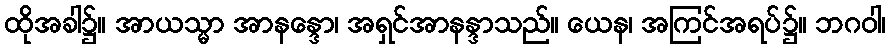
ထိုအခါ၌။ အာယသ္မာ အာနန္ဒော၊ အရှင်အာနန္ဒာသည်။ ယေန၊ အကြင်အရပ်၌။ ဘဂဝါ၊